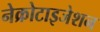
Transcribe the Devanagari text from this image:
नेक्रोटाइजेशन